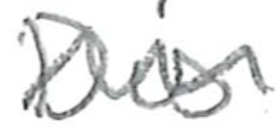
Text: Dis
Cross-out: wave
Writing tool: pencil